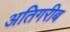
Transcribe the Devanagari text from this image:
अतिगरीब